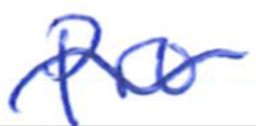
Text: Pro
Cross-out: wave
Writing tool: ballpoint